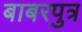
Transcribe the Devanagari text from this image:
बाबरपुत्र